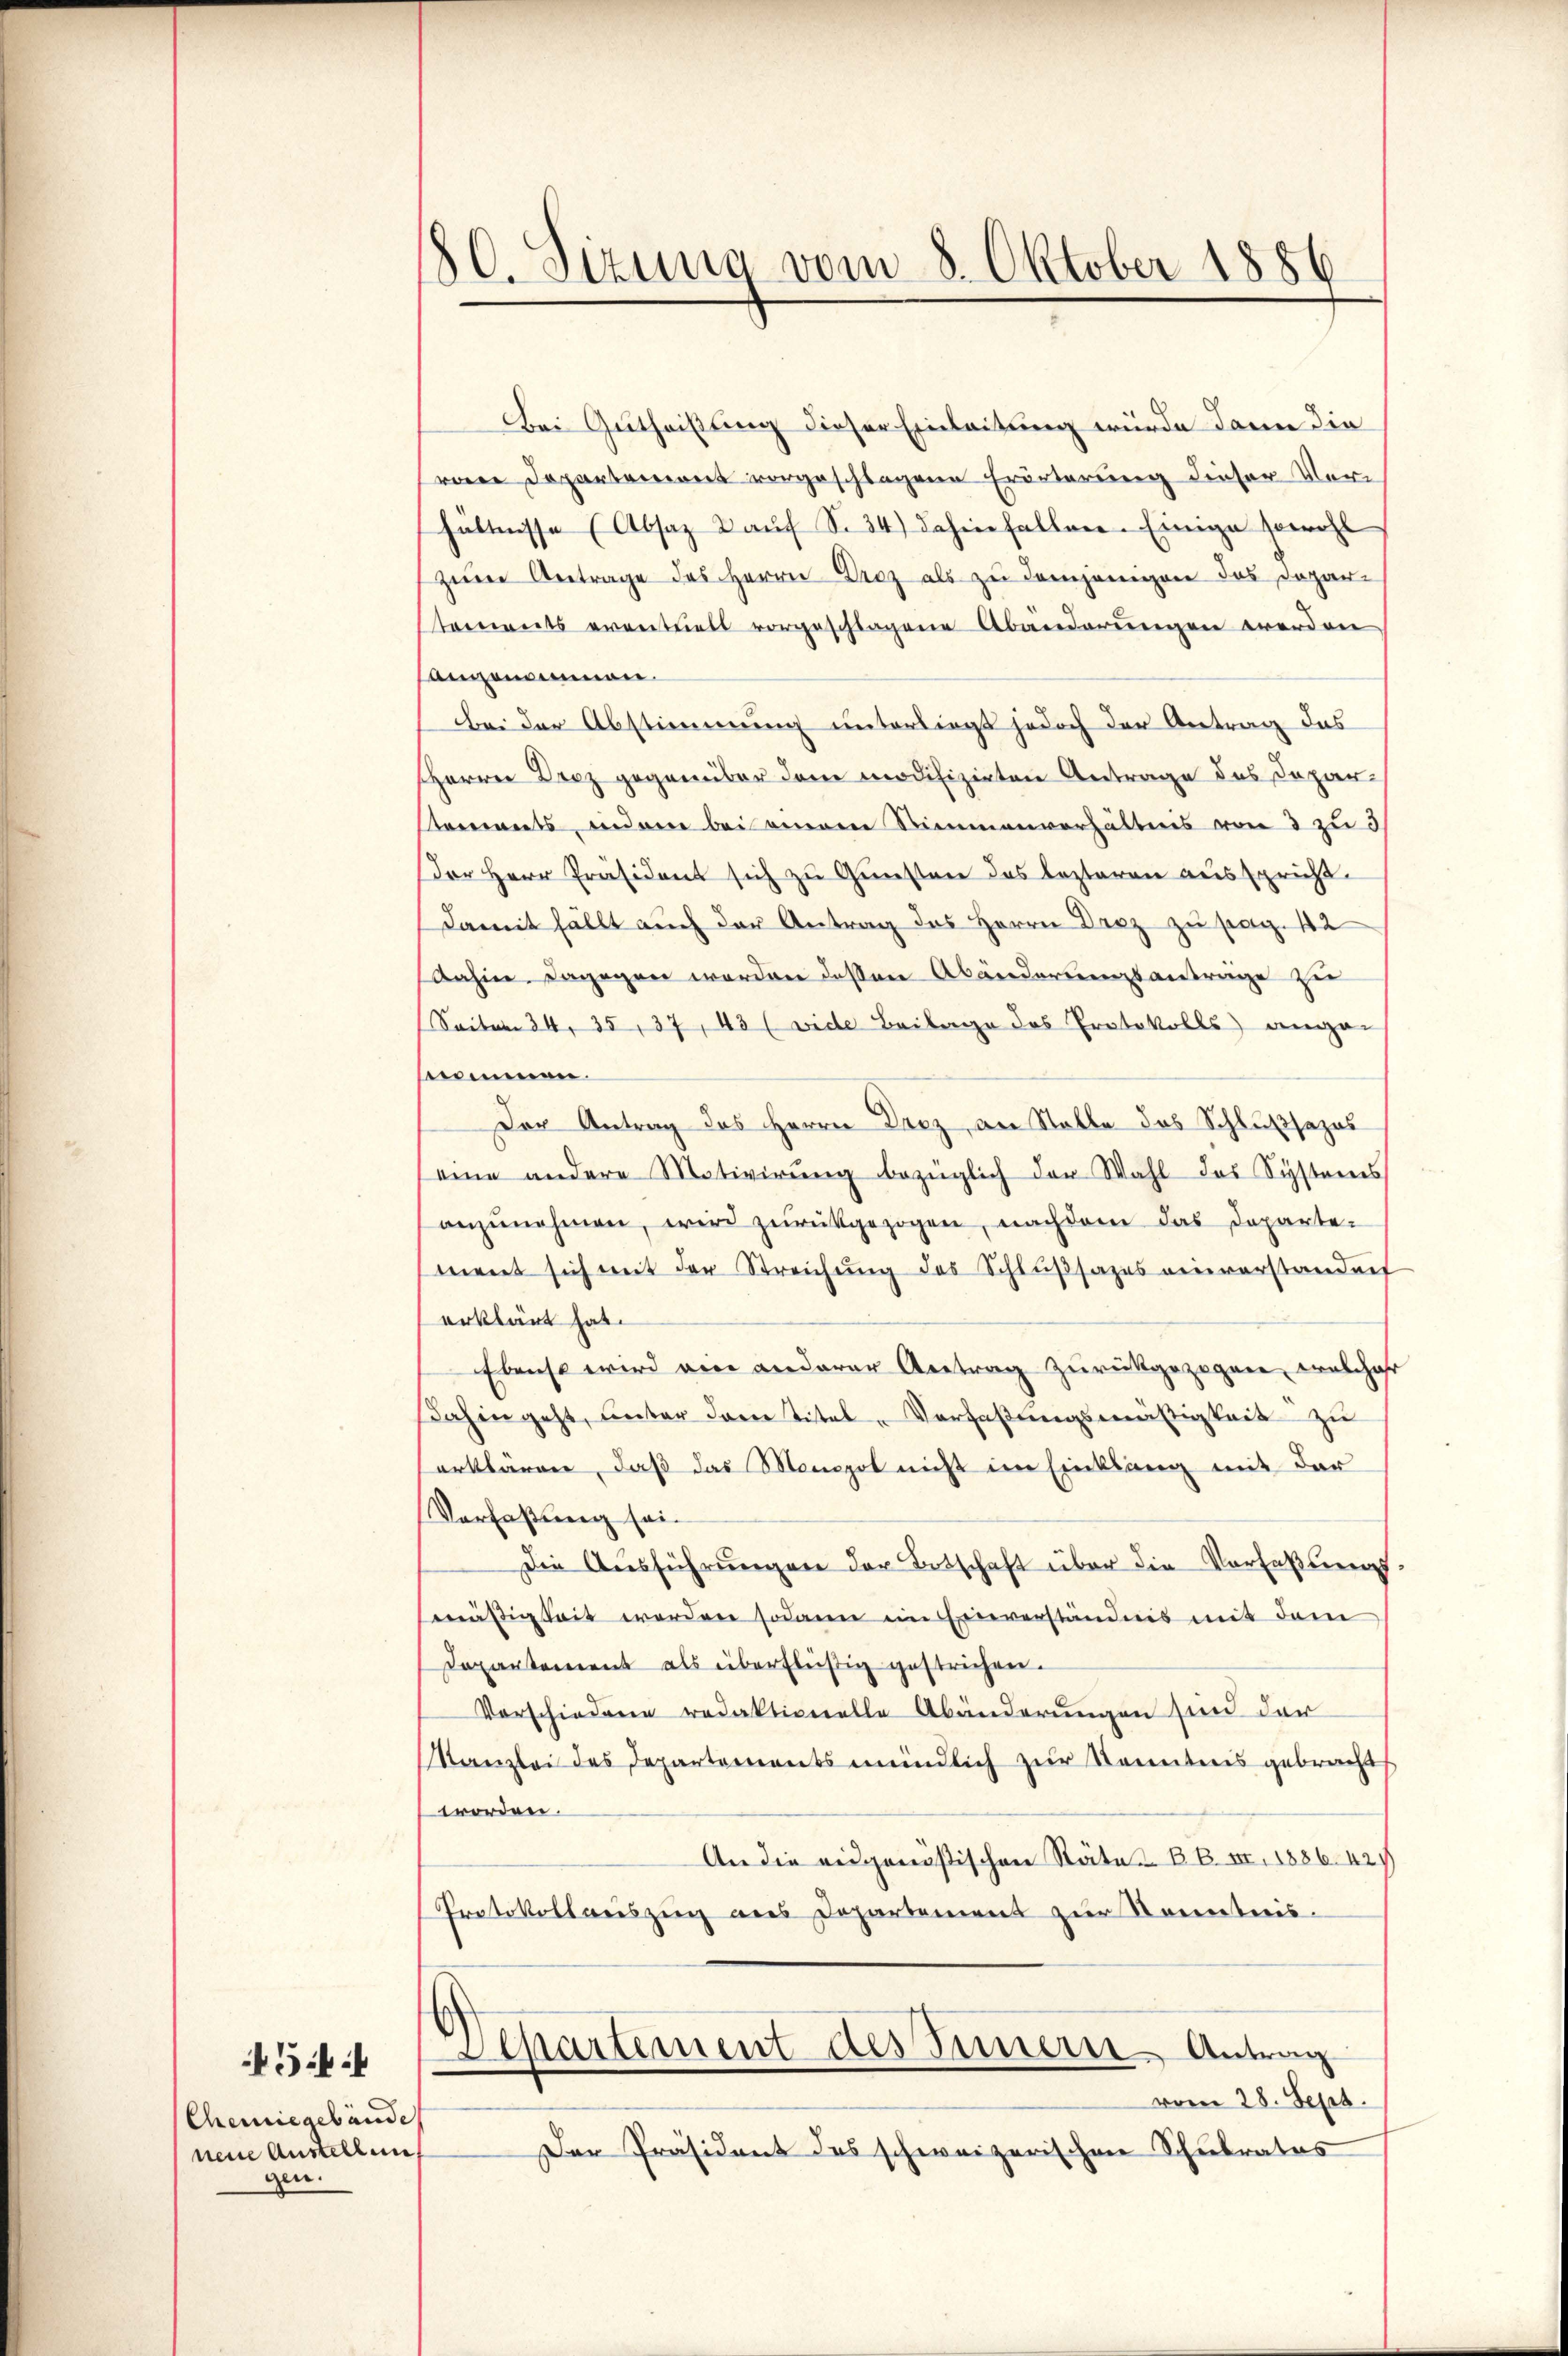
5
Chemie gebäude
neue Anstellen
gen.

180. Sizung vom 8. Oktober 1886

Bei Gutheistung dieser Einleitung würde dann die
von Departemont vorgeschlagene Erörterung dieser Vorhältnisse (Absaz Kaŭf S. 34) dahinfallen. Einige sowohl
zŭm Antrage des Herrn Droz als zu demjenigen das Dopar-
tements eventuels vorgeschlagene Abänderungen werden
angenien.
bei der Abstimmung unterliegt jedoch der Antrag das
Herrn Droz gegenüber dem modifizirten Antrage des Depar-
tements, indem bei einem Stimmenverhältnis von 3 zu 3
Der Herr Präsident sich zu Gunsten des lezteren ausspricht.
damit fällt auch der Antrag des Herrn Draz zu pag. 42
dahin. Dagegen werden dessen Abänderungsantrage zu
Seiten 34, 35, 37, 43 (vide Beilage des Protokolls ange-
nommen.
Der Antrag des Herrn Droz, an Stalle das Schlußsazas
eine andere Motivirŭng bezüglich der Wahl das Systemes
anzŭnehmen, wird zurückgezogen, nachdem das Departement sich mit der Streichŭng des Schlŭβsazes einverständnis
erklärt hat.
Ebenso wird ein anderer Antrag zurückgezogen, welcha
dahin geht, unter der Titel-Verfaßungsmästigkeit zu
erklären, daß das Mongol nicht im Einklang mit der
Vorfaßung sei.
Die Aŭsführŭngen der Botschaft über die Verfaßungs
mäßigkeit werden sodann im Einverständnis mit dem
Departement als überflüßig gestrichen.
Vorschiedene redaktionelle Abänderŭngen sind dar
Kanzlei des Departementsmündlich zur Kenntnis gebracht,
worden.
An die eidgenößischen Räte BB. III, 1886. 427
Protokollauszug aus Departement zur Kenntnis.
Departement des Innern Antrag
vom 28. Sept.
Der Präsident des schweizerischen Schulrates